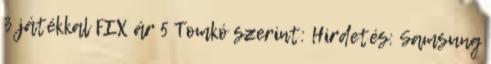
3 játékkal FIX ár 5 Tomkó szerint: Hirdetés: Samsung